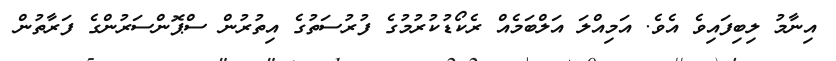
އިނާމު ލިބިފައިވެ އެވެ. އަމިއްލަ އަލްބަމެއް ރެކޯޑުކުރުމުގެ ފުރުސަތުގެ އިތުރުން ސްޕޮންސަރުންގެ ފަރާތުން